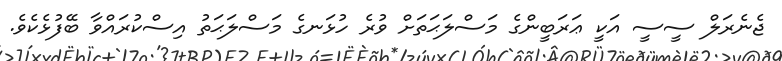
ޖެނެރަލް ސީސީ އަކީ ޢަރަބީންގެ މަސްލަޙަތަށް ވުރެ ހުޅަނގެ މަސްލަޙަތު އިސްކުރައްވާ ބޭފުޅެކެވެ.